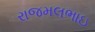
રાજમલભાઇ